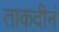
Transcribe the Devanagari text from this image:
ताकदीनं